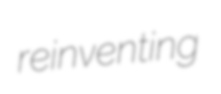
reinventing